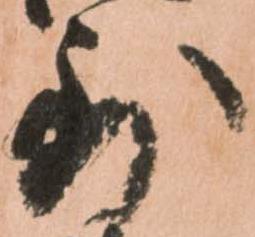
到